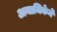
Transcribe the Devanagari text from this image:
अनामिकेने